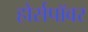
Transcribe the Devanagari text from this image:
होर्सपॉवर